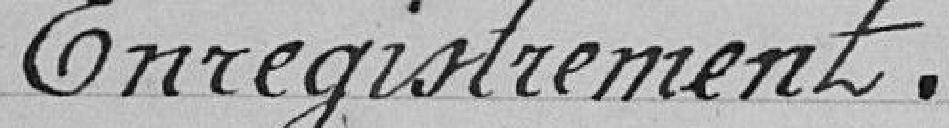
Enregistrement .